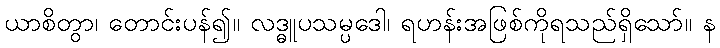
ယာစိတွာ၊ တောင်းပန်၍။ လဒ္ဓူပသမ္ပဒေါ၊ ရဟန်းအဖြစ်ကိုရသည်ရှိသော်။ န